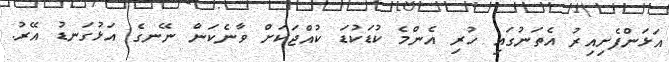
އަޅަންފެށިއިރު އެތަނުގައި ހުރި އެންމެ ކުޑަކުޑަ ކުއްޖަކަށް ވާނެކަން ނޭނގެ އަޅުގަނޑު އޭރު.